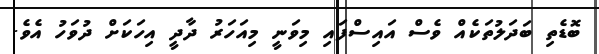
ބޮޑެތި ބަދަލުތަކެއް ވެސް އައިސްފައި މިވަނީ މިއަހަރު ދާދީ އިހަކަށް ދުވަހު އެވެ.